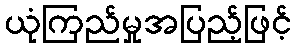
ယုံကြည်မှုအပြည့်ဖြင့်